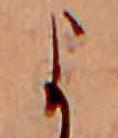
よ